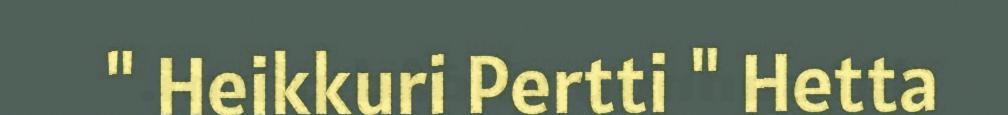
" Heikkuri Pertti " Hetta